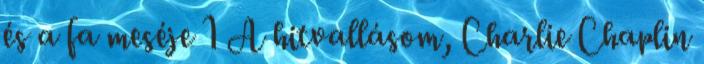
és a fa meséje 1 A hitvallásom, Charlie Chaplin